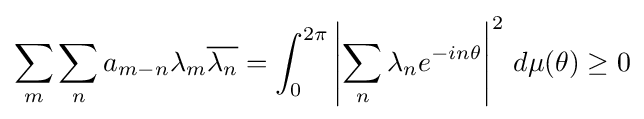
\sum _{m}\sum _{n}a_{m-n}\lambda _{m}{\overline {\lambda _{n}}}=\int _{0}^{2\pi }\left|\sum _{n}\lambda _{n}e^{-in\theta }\right|^{2}\,d\mu (\theta )\geq 0